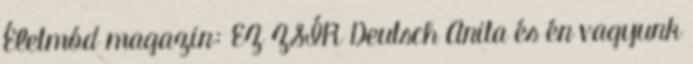
Életmód magazin: EZ ZSÍR Deutsch Anita és én vagyunk